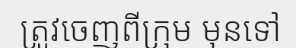
ត្រូវចេញពីក្រុម មុនទៅ